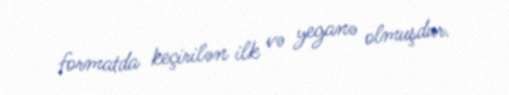
formatda keçirilən ilk və yeganə olmuşdur.